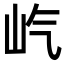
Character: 𪨦